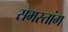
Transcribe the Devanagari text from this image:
समस्तांग